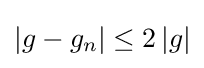
{\textstyle \left\vert g-g_{n}\right\vert \leq 2\left\vert g\right\vert }